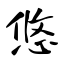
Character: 悠